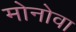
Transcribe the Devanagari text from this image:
मोनोवा